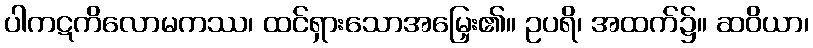
ပါကဋကိလောမကဿ၊ ထင်ရှားသောအမြှေး၏။ ဥပရိ၊ အထက်၌။ ဆဝိယာ၊